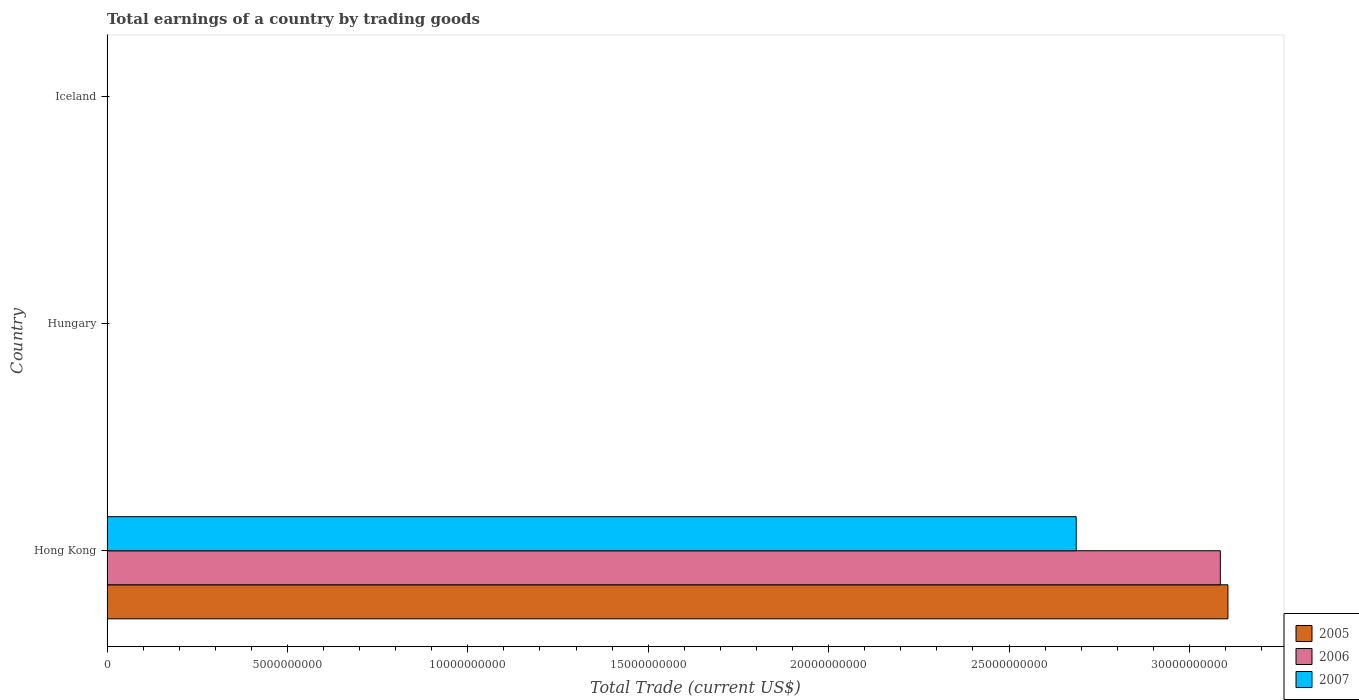
| Country | 2005 | 2006 | 2007 |
 | --- | --- | --- | --- |
 | Hong Kong | 3.11e+10 | 3.09e+10 | 2.69e+10 |
 | Hungary | -2.46e+09 | -2.58e+09 | -5.54e+08 |
 | Iceland | -1.78e+09 | -2.69e+09 | -2.09e+09 |